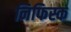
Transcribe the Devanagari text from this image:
निफिस्क